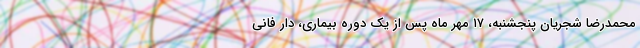
محمدرضا شجریان پنجشنبه، ۱۷ مهر ماه پس از یک دوره بیماری، دار فانی